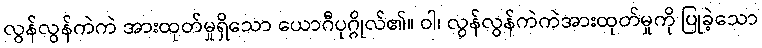
လွန်လွန်ကဲကဲ အားထုတ်မှုရှိသော ယောဂီပုဂ္ဂိုလ်၏။ ဝါ၊ လွန်လွန်ကဲကဲအားထုတ်မှုကို ပြုခဲ့သော